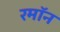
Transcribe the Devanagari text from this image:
रमॉन